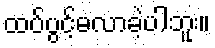
ထပ်ပွင့်မလာခဲ့ပါဘူး။